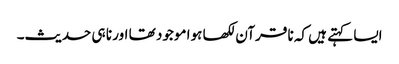
ایسا کہتے ہیں کہ نا قرآن لکھا ہوا موجود تھا اور نا ہی حدیث۔